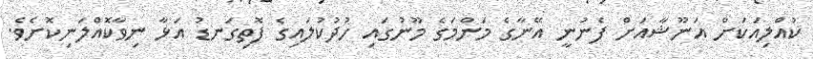
ކުއްލިއަކަށް އަނޫޝާއަށް ފެނުނީ އޭނާގެ މަންމަގެ މޫނުގައި ހުދުކުލައިގެ ފޮތިގަނޑު އަޅާ ނިވާކޮއްލަނިކޮށެވެ.